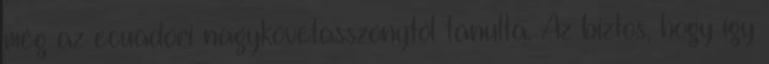
még az ecuadori nagykövetasszonytól tanulta. Az biztos, hogy így